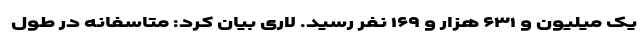
یک میلیون و ۶۳۱ هزار و ۱۶۹ نفر رسید. لاری بیان کرد: متاسفانه در طول